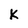
Character: K